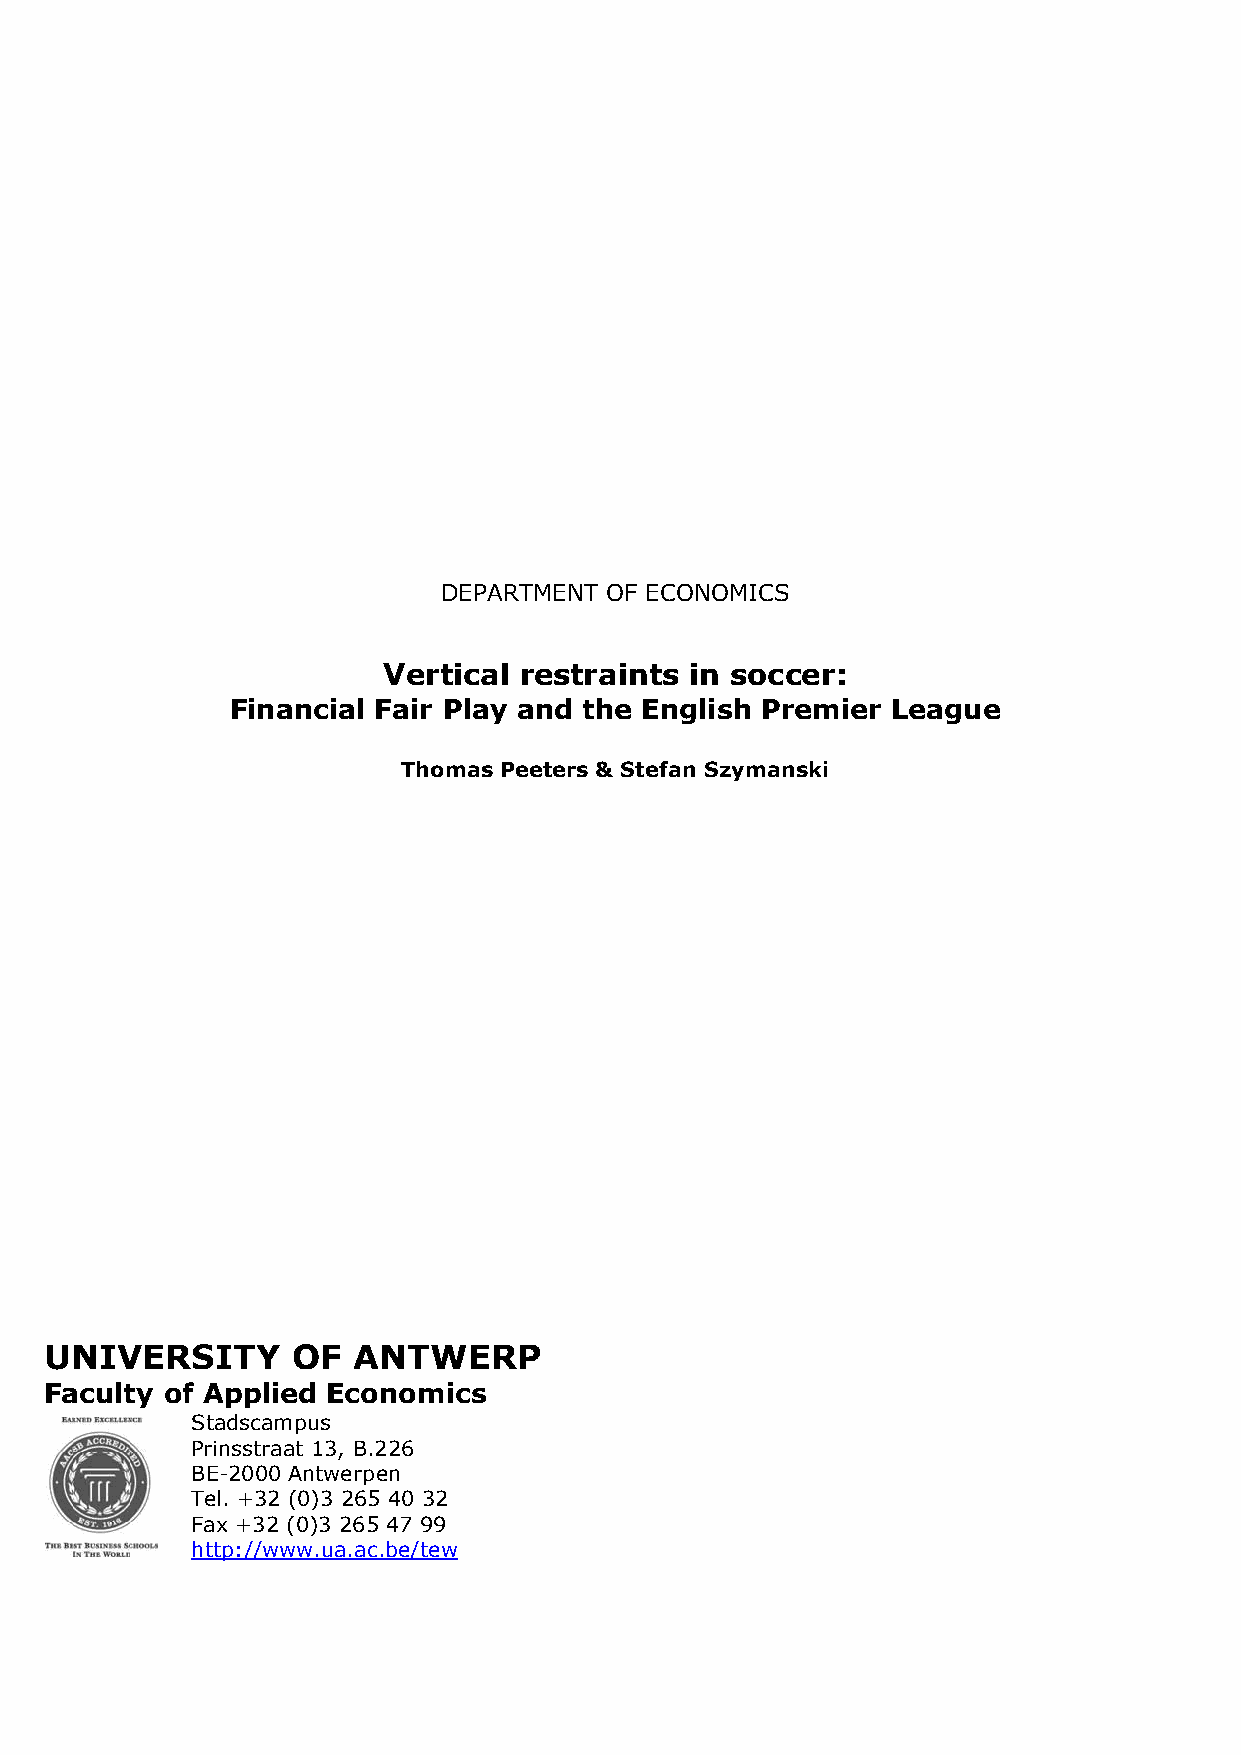
DEPARTMENT OF ECONOMICS
 Vertical restraints  in soccer:
 Financial Fair Play and the English Premier League
 Thomas Peeters & Stefan Szymanski
 UNIVERSITY      OF  ANTWERP
 Faculty of Applied Economics
 Stadscampus
 Prinsstraat 13, B.226
 BE-2000 Antwerpen
 Tel. +32 (0)3 265 40 32
 Fax +32 (0)3 265 47 99
 http://www.ua.ac.be/tew